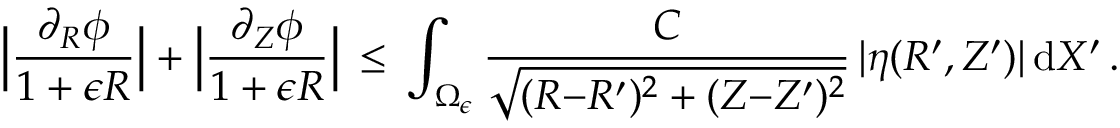
\Bigl | \frac { \partial _ { R } \phi } { 1 + \epsilon R } \Bigr | + \Bigl | \frac { \partial _ { Z } \phi } { 1 + \epsilon R } \Bigr | \, \le \, \int _ { \Omega _ { \epsilon } } \frac { C } { \sqrt { ( R { - } R ^ { \prime } ) ^ { 2 } + ( Z { - } Z ^ { \prime } ) ^ { 2 } } } \, | \eta ( R ^ { \prime } , Z ^ { \prime } ) | \, \mathrm { d } X ^ { \prime } \, .